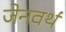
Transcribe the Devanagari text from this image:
जेनवर्थ